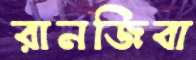
রানজিবা